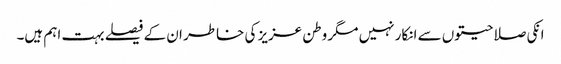
انکی صلاحیتوں سے انکار نہیں مگر وطن عزیز کی خاطر ان کے فیصلے بہت اہم ہیں۔